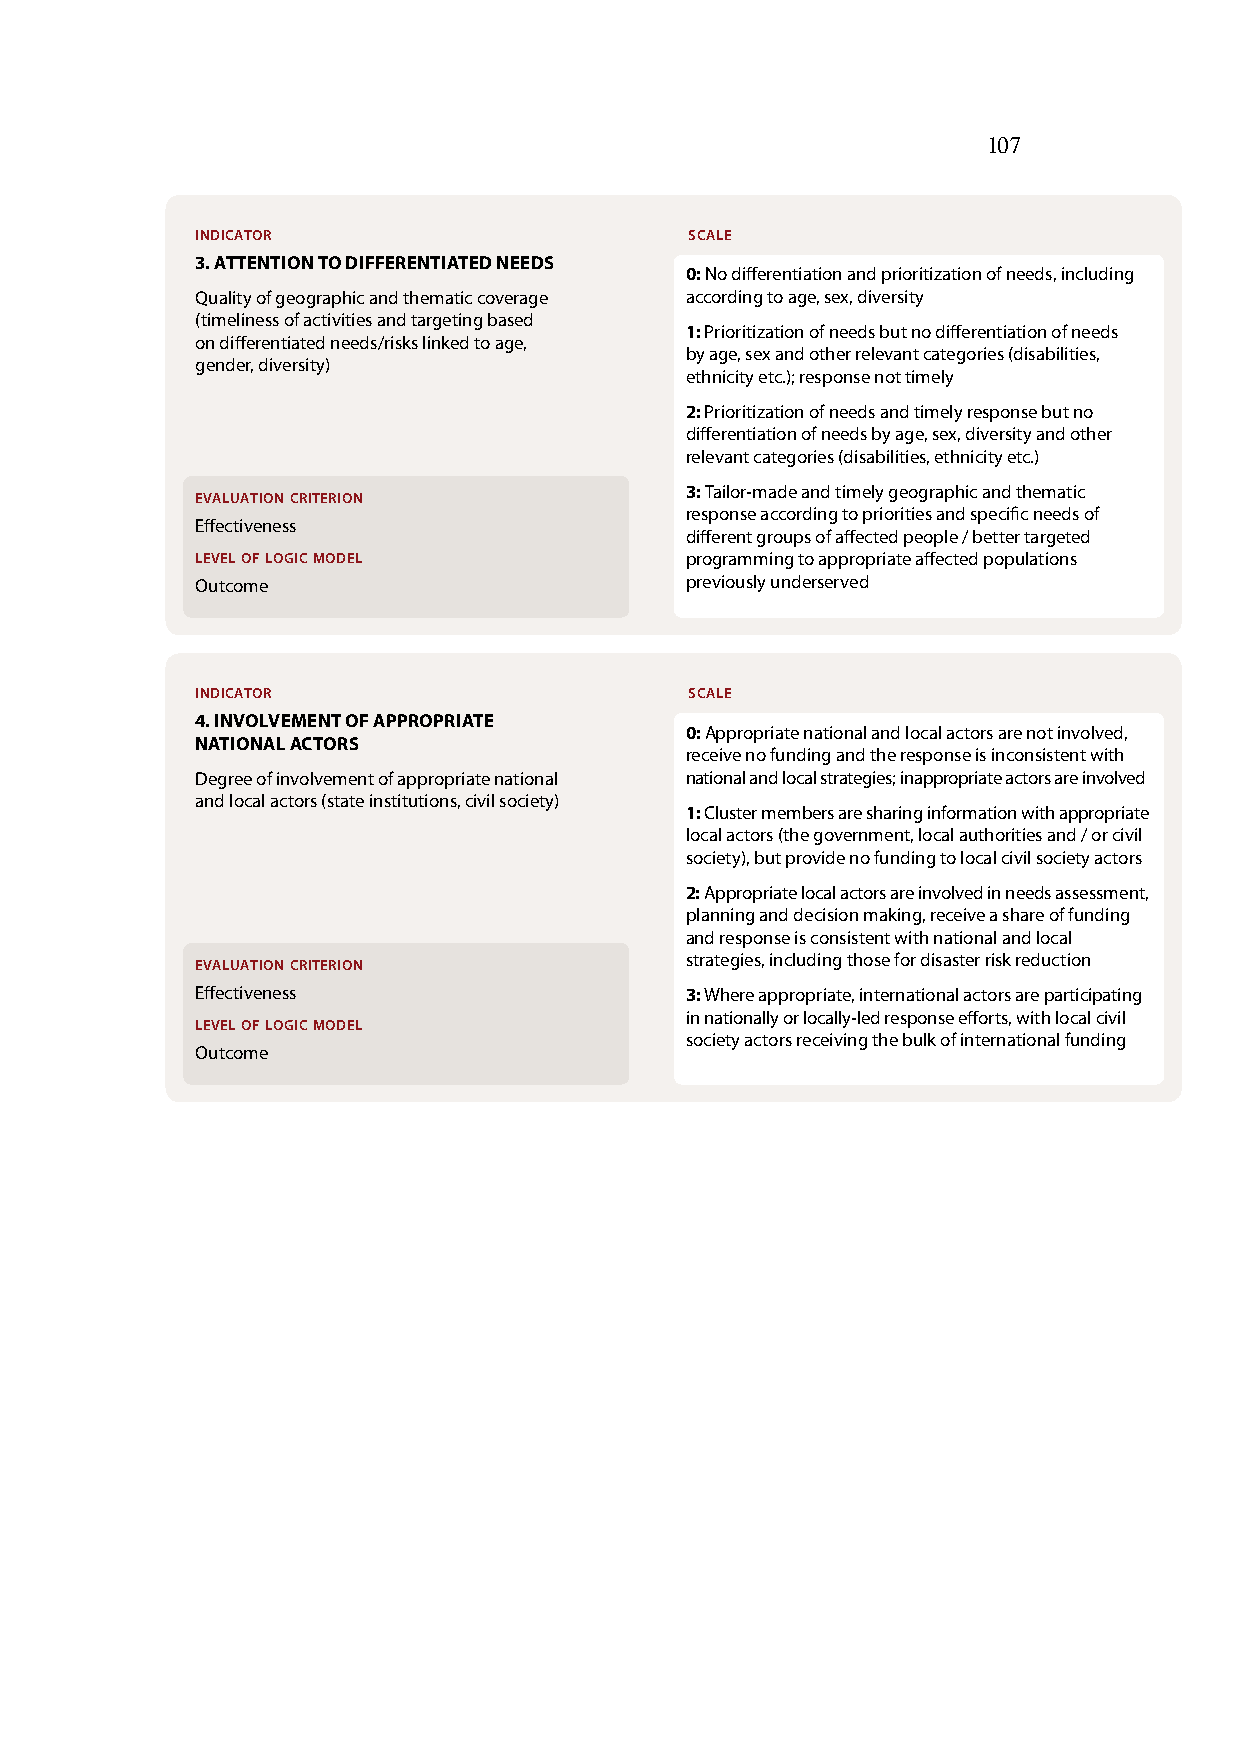
107
 indicator                        scale
 3. ATTENTION TO DIFFERENTIATED NEEDS
 0: No differentiation and prioritization of needs, including
 Quality of geographic and thematic coverage according to age, sex, diversity
 (timeliness of activities and targeting based
 1: Prioritization of needs but no differentiation of needs
 on differentiated needs/risks linked to age,
 by age, sex and other relevant categories (disabilities,
 gender, diversity)
 ethnicity etc.); response not timely
 2: Prioritization of needs and timely response but no
 differentiation of needs by age, sex, diversity and other
 relevant categories (disabilities, ethnicity etc.)
 evaluation criterion
 3: Tailor-made and timely geographic and thematic
 response according to priorities and specific needs of
 Effectiveness
 different groups of affected people / better targeted
 level of logic model            programming to appropriate affected populations
 Outcome                         previously underserved
 indicator                        scale
 4. INVOLVEmENT OF APPROPRIATE
 0: Appropriate national and local actors are not involved,
 NATIONAL ACTORS
 receive no funding and the response is inconsistent with
 Degree of involvement of appropriate national national and local strategies; inappropriate actors are involved
 and local actors (state institutions, civil society)
 1: Cluster members are sharing information with appropriate
 local actors (the government, local authorities and / or civil
 society), but provide no funding to local civil society actors
 2: Appropriate local actors are involved in needs assessment,
 planning and decision making, receive a share of funding
 and response is consistent with national and local
 evaluation criterion
 strategies, including those for disaster risk reduction
 Effectiveness                   3: Where appropriate, international actors are participating
 level of logic model
 in nationally or locally-led response efforts, with local civil
 society actors receiving the bulk of international funding
 Outcome